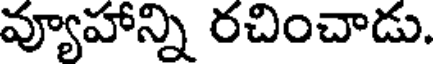
వ్యూహాన్ని రచించాడు.